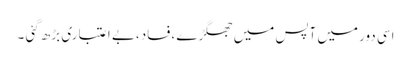
اسی دور میں آپس میں جھگڑے ،فساد،بے اعتباری بڑھ گئی ۔